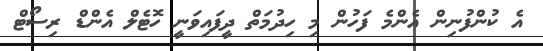
އެ ކުންފުނިން އެންމެ ފަހުން މި ހިދުމަތް ދީފައިވަނީ ހޮޓެލް އެންޑް ރިސޯޓް